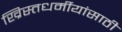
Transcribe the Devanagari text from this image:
ख्रिस्तधर्मीयांसाठी